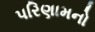
પરિણામનો